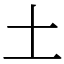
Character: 土